Plague in India, 1896, 1897 - Volume 2
Year: 1896
Disease focus: Plague
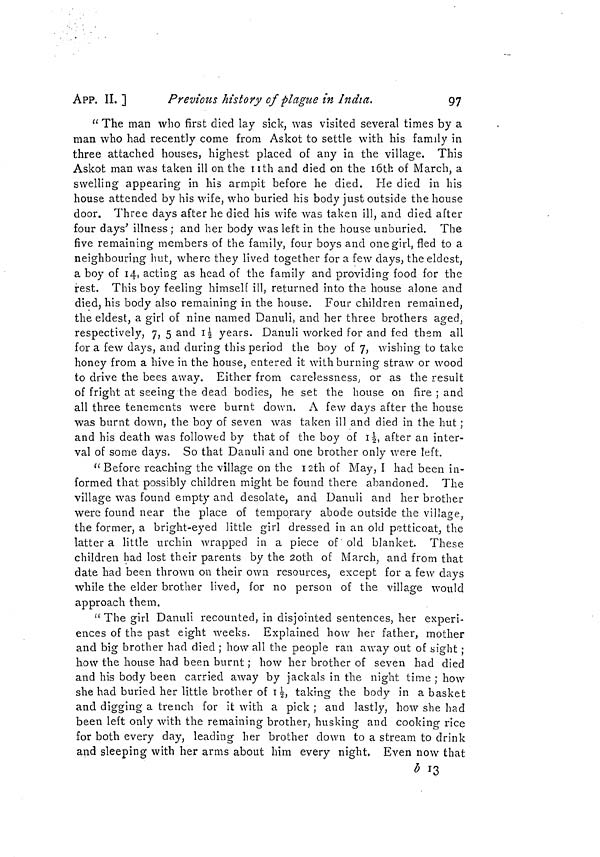
APP. II. ]
Previous history of plague in India,
97
"The man who first died lay sick, was visited several times by a
man who had recently come from Askot to settle with his family in
three attached houses, highest placed of any in the village. This
Askot man was taken ill on the 11th and died on the l6th of March, a
swelling appearing in his armpit before he died. He died in his
house attended by his wife, who buried his body just outside the house
door. Three days after he died his wife was taken ill, and died after
four days' illness ; and her body was left in the house unburied. The
five remaining members of the family, four boys and one girl, fled to a
neighbouring hut, where they lived together for a few days, the eldest,
a boy of 14, acting as head of the family and providing food for the
rest. This boy feeling himself ill, returned into the house alone and
died, his body also remaining in the house. Four children remained,
the eldest, a girl of nine named Danuli, and her three brothers aged,
respectively, 7, 5 and 1½ years. Danuli worked for and fed them all
for a few days, and during this period the boy of 7, wishing to take
honey from a hive in the house, entered it with burning straw or wood
to drive the bees away. Either from carelessness, or as the result
of fright at seeing the dead bodies, he set the house on fire ; and
all three tenements were burnt down. A few days after the house,
was burnt down, the boy of seven was taken ill and died in the hut ;
and his death was followed by that of the boy of 1½, after an inter-
val of some days. So that Danuli and one brother only were left.
"Before reaching the village on the 12th of May, I had been in-
formed that possibly children might be found there abandoned. The
village was found empty and desolate, and Danuli and her brother
were found near the place of temporary abode outside the village,
the former, a bright-eyed little girl dressed in an old petticoat, the
latter a little urchin wrapped in a piece of old blanket. These
children had lost their parents by the 20th of March, and from that
date had been thrown on their own resources, except for a few days
while the elder brother lived, for no person of the village would
approach them.
"The girl Danuli recounted, in disjointed sentences, her experi-
ences of the past eight weeks. Explained how her father, mother
and big brother had died ; how all the people ran away out of sight ;
how the house had been burnt ; how her brother of seven had died
and his body been carried away by jackals in the night time ; how
she had buried her little brother of 1½, taking the body in a basket
and digging a trench for it with a pick ; and lastly, how she had
been left only with the remaining brother, husking and cooking rice
for both every day, leading her brother clown to a stream to drink
and sleeping with her arms about him every night. Even now that
b 13